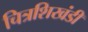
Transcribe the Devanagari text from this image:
चित्रशिखंडी